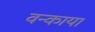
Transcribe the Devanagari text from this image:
वन्काया